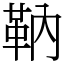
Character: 靹